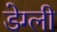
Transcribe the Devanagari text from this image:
डेग्ली